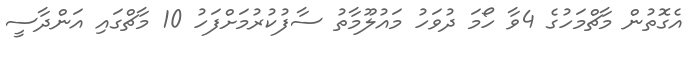
އެގޮތުން މާޗްމަހުގެ 4ވާ ހޯމަ ދުވަހު މައުލޫމާތު ސާފުކުރުމަށްފަހު 10 މާޗްގައި އަންދާސީ